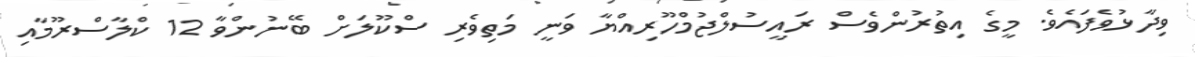
ވިދާޅުވެފައެވެ. މީގެ އިތުރުންވެސް ރައީސުލްޖުމްހޫރިއްޔާ ވަނީ މަތިވެރި ސްކޫލަށް ބޭނުންވާ 12 ކްލާސްރޫމާއި